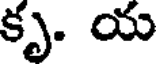
కృ. య